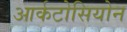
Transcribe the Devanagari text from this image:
आर्कटोसियोन